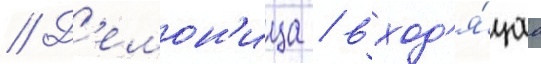
// Д'емон'ица / вход'я́щаа